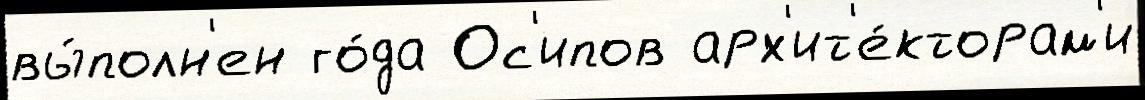
вы́полн'ен го́да Ос'ипов арх'ит'е́кторам'и